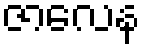
ဇာလေန